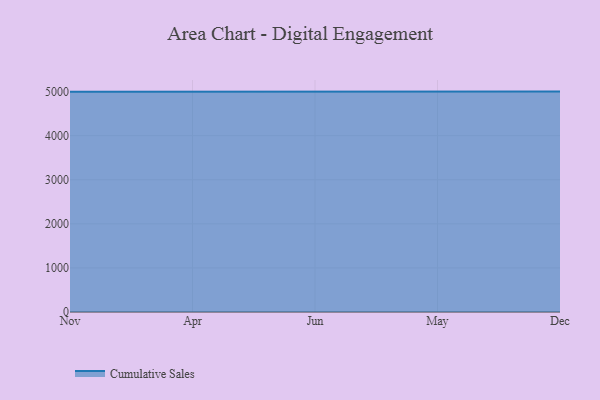
{"axis": {"x": "Month", "y": "Latency (ms)"}, "legend": ["Cumulative Sales"], "data": [{"x": "Nov", "y": 4998.4, "type": "Cumulative Sales"}, {"x": "Apr", "y": 5000, "type": "Cumulative Sales"}, {"x": "Jun", "y": 5000, "type": "Cumulative Sales"}, {"x": "May", "y": 5000, "type": "Cumulative Sales"}, {"x": "Dec", "y": 5000, "type": "Cumulative Sales"}]}